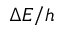
\Delta E / h